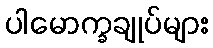
ပါမောက္ခချုပ်များ